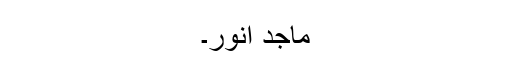
ماجد انور۔